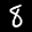
Label: 8